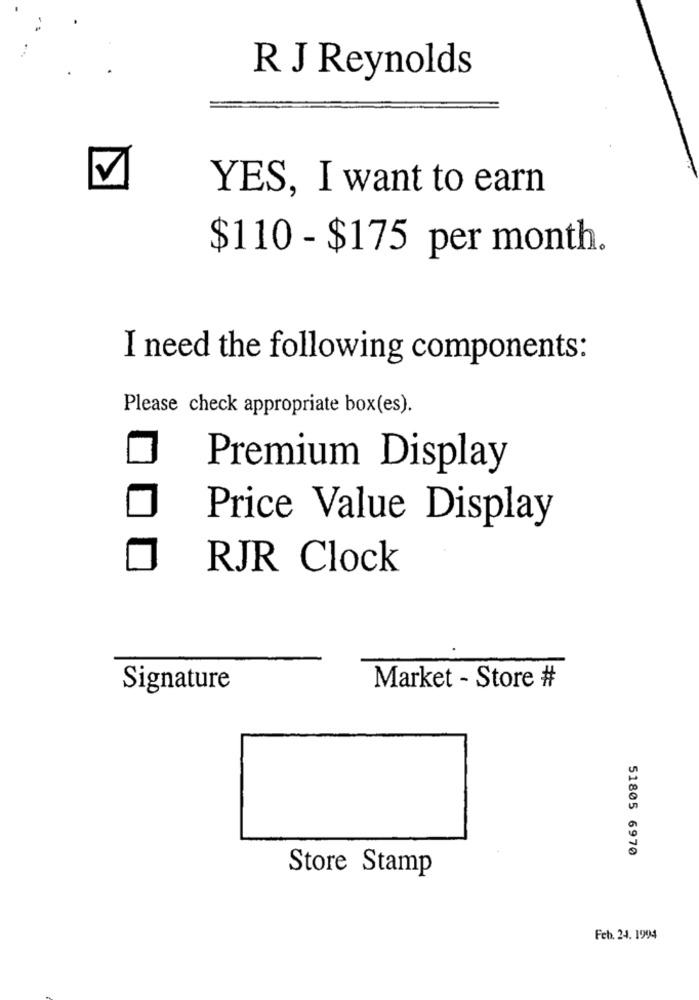
R J Reynolds
YES, I want to earn
$110 - $175 per month.
I need the following components:
Please check appropriate box(es).
Premium Display
Price Value Display
RJR Clock
Signature
Market - Store #
51805 6970
Store Stamp
Feb. 24. 1994